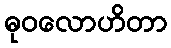
ဓုဝလောဟိတာ